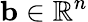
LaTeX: \mathbf{b}\in\mathbb{R}^{n}